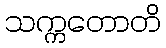
သက္ကတောတိ